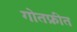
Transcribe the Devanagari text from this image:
गोतफ्रीत